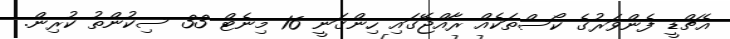
އެޗްޑީ ފެންވަރުގެ ކޯސްތަކެއް ރާއްޖޭގައި ހިންގަނީ 16 މިނެޓް 33 ސިކުންތު ކުރިން.